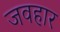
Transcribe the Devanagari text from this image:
जवहार